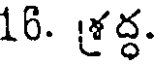
16. శ్రద్ధ.